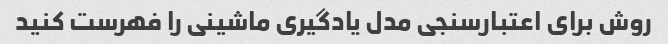
روش برای اعتبارسنجی مدل یادگیری ماشینی را فهرست کنید